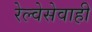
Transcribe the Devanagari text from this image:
रेल्वेसेवाही